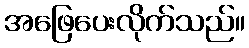
အဖြေပေးလိုက်သည်။